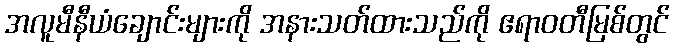
အလူမီနီယံချောင်းများကို အနားသတ်ထားသည်ကို ဧရာဝတီမြစ်တွင်